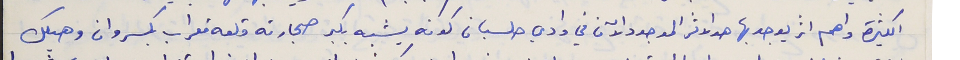
الكثيرة واهم اثر يوجد بها هو الاثر الموجود الآن في وادي حلسبان كونه يشبه بكبر حجارته قلعة معراب بكسروان وهيكل